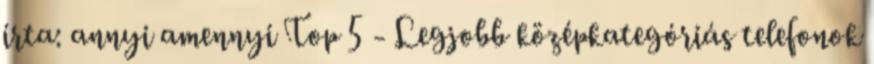
írta: annyi amennyi Top 5 - Legjobb középkategóriás telefonok